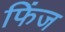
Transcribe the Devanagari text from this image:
फिंज